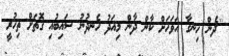
''ދެން ހިނގާ އަވަހަށް ކާން ދާން މިއަދު ހެނދުނު ސައިބުއި ގޮތަށް ތިހުރީ